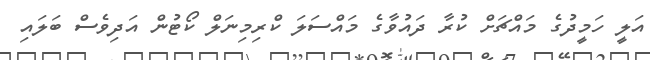
އަލީ ހަމީދުގެ މައްޗަށް ކުރާ ދައުވާގެ މައްސަލަ ކްރިމިނަލް ކޯޓުން އަދިވެސް ބަލައި